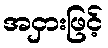
အငှားဖြင့်